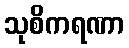
သုစိကရဏာ